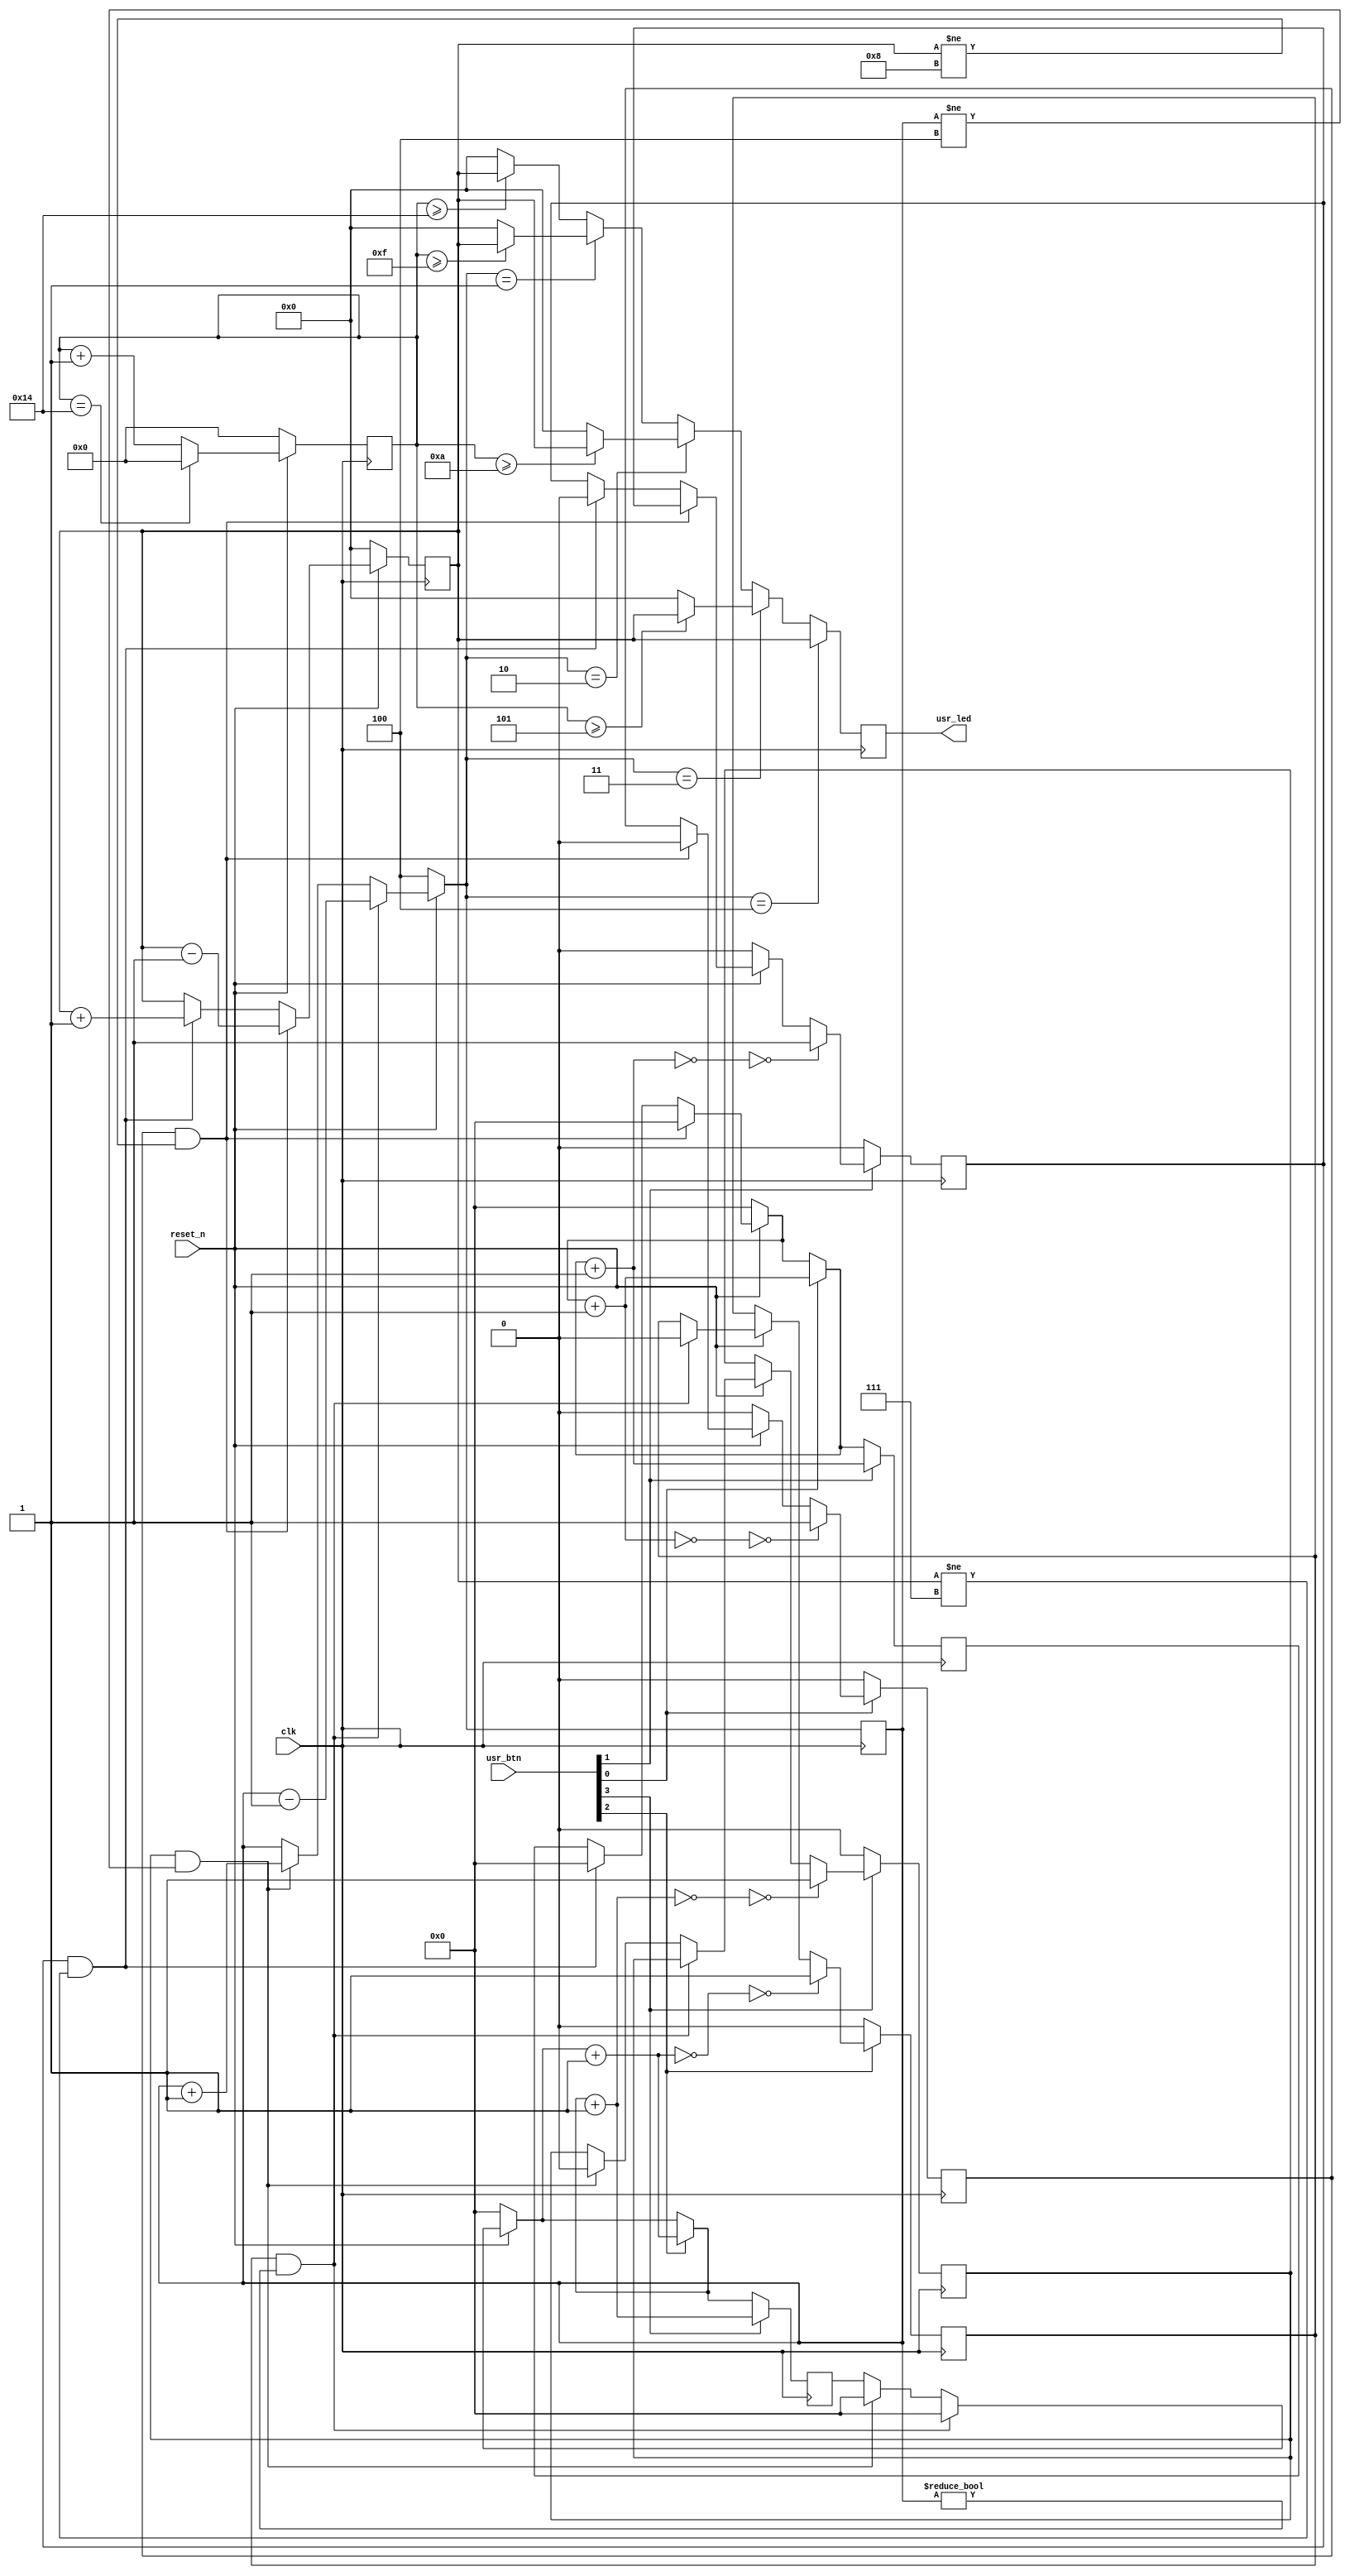
`timescale 1ns / 1ps
//////////////////////////////////////////////////////////////////////////////////
// Company: 
// Engineer: 
// 
// Design Name: 
// Module Name: lab3
// Project Name: 
// Target Devices: 
// Tool Versions: 
// Description: 
// 
// Dependencies: 
// 
// Revision:
// Revision 0.01 - File Created
// Additional Comments:
// 
//////////////////////////////////////////////////////////////////////////////////


module lab3(
  input  clk,            // System clock at 100 MHz
  input  reset_n,        // System reset signal, in negative logic
  input  [3:0] usr_btn,  // Four user pushbuttons
  output [3:0] usr_led   // Four yellow LEDs
);
  reg [3:0] but_pre;
  reg [3:0] bright;
  reg but0_pre;
  reg but1_pre;
  reg but2_pre;
  reg but3_pre;
  reg [23:0] count;
  reg [23:0] count2;
  reg [5:0] pwn_count;
  reg [2:0] ctrl = 3'd4;
always @ (posedge clk)
begin
    if(!reset_n)
    begin
        count = 24'b0;
        but_pre = 4'b0;
        but1_pre = 0;
        but0_pre = 0;
    end
    else
    begin
        if(but0_pre && but_pre != 4'b1000)
        begin
            but_pre = but_pre - 1;
            but0_pre = 0;
            count = 24'b0;
        end
        else if(but1_pre && but_pre != 4'b0111)
        begin
            but_pre = but_pre + 1;
            but1_pre = 0;
            count = 24'b0;
        end
        else
            but_pre = but_pre;  
    end
    if(usr_btn[0])
    begin
        count = count + 1;
        if(~count == 24'b0)
            but0_pre = 1;
        else
            but0_pre = but0_pre;
    end
    else
    begin
        but0_pre = 0;
    end
    if(usr_btn[1])
    begin
        count = count + 1;
        if(~count == 24'b0)
            but1_pre = 1;
        else
            but1_pre = but1_pre;
    end
    else
    begin
        but1_pre = 0;
    end
end

always @ (posedge clk)
begin
    if(!reset_n)
        pwn_count = 6'b0;
    else if(pwn_count == 6'd20)
        pwn_count = 6'b0;
    else
        pwn_count = pwn_count + 1;
end
        
always @ (posedge clk)
begin
    if(!reset_n)
    begin
        ctrl = 3'd4;
        count2 = 24'b0;
    end
    else
    begin
       if(but2_pre && ctrl != 3'b0)
        begin
            ctrl = ctrl - 1;
            but2_pre = 0;
            count2 = 24'b0;
        end
        else if(but3_pre && ctrl != 3'd4)
        begin
            ctrl = ctrl + 1;
            but3_pre = 0;
            count2 = 24'b0;
        end
        else
            bright = bright;
    end
    if(usr_btn[2])
    begin
        count2 = count2 + 1;
        if(~count2 == 24'b0)
            but2_pre = 1;
        else
            but2_pre = but2_pre;
    end
    else
    begin
        but2_pre = 0;
    end
    if(usr_btn[3])
    begin
        count2 = count2 + 1;
        if(~count2 == 24'b0)
            but3_pre = 1;
        else
            but3_pre = but3_pre;
    end
    else
    begin
        but3_pre = 0;
    end
    if(ctrl == 3'd4)
        bright = but_pre;
    else if(ctrl == 3'd3)
    begin
        bright = (pwn_count >= 20'd5) ? but_pre : 4'b0;
    end
    else if(ctrl == 3'd2)
        bright = (pwn_count >= 20'd10) ? but_pre : 4'b0;
    else if(ctrl == 3'd1)
        bright = (pwn_count >= 20'd15) ? but_pre : 4'b0;
    else
        bright = (pwn_count >= 20'd20) ? but_pre : 4'b0; 
end

assign usr_led = bright;

endmodule